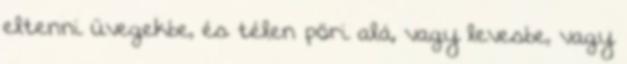
eltenni üvegekbe, és télen pöri alá, vagy levesbe, vagy